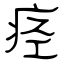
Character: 痉